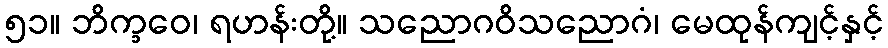
၅၁။ ဘိက္ခဝေ၊ ရဟန်းတို့။ သညောဂဝိသညောဂံ၊ မေထုန်ကျင့်နှင့်